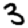
Digit: 3